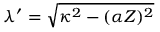
\lambda ^ { \prime } = \sqrt { \kappa ^ { 2 } - ( \alpha Z ) ^ { 2 } }